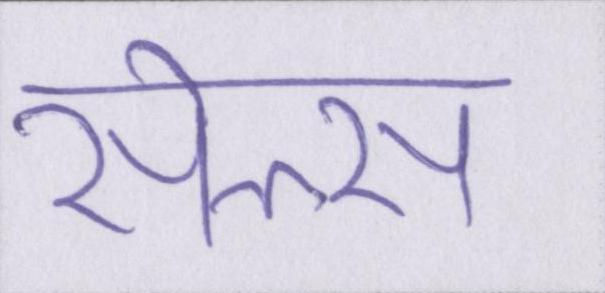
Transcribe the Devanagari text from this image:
सेल्स